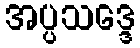
အပ္ပသဒ္ဒေ